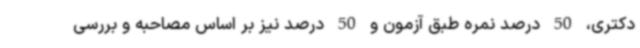
دکتری، 50 درصد نمره طبق آزمون و 50 درصد نیز بر اساس مصاحبه و بررسی